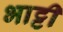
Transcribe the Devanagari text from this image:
भाट्टी